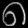
Digit: ၈